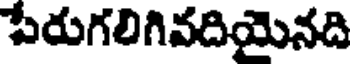
పేరుగలిగివదియైనది